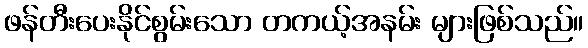
ဖန်တီးပေးနိုင်စွမ်းသော တကယ့်အနမ်း များဖြစ်သည်။